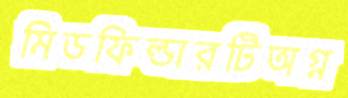
মিডফিল্ডারটিঅগ্ন